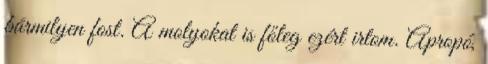
bármilyen fost. A molyokat is főleg ezért irtom. Apropó,